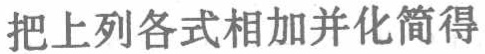
把下列各式相加并化简得